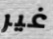
غير